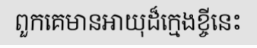
ពួកគេមានអាយុដ៏ក្មេងខ្ចីនេះ